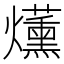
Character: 𤓂